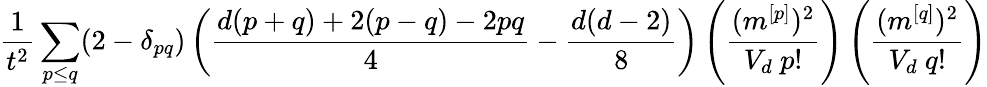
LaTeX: \frac{1}{t^{2}}\sum_{p\le q}(2-\delta_{pq})\left(\frac{d(p+q)+2(p-q)-2pq}{4}-\frac{d(d-2)}{8}\right)\left(\frac{(m^{[p]})^{2}}{V_{d}~p!}\right)\left(\frac{(m^{[q]})^{2}}{V_{d}~q!}\right)